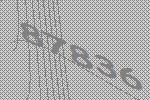
87836